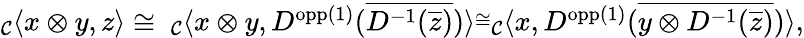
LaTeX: \begin{array}{r}{_{\mathcal{C}}\langle x\otimes y,z\rangle\cong\ _{\mathcal{C}}\langle x\otimes y,D^{\textnormal{opp}(1)}(\overline{{D^{-1}(\overline{{z}})}})\rangle\overset{\cong}\ _{\mathcal{C}}\langle x,D^{\textnormal{opp}(1)}(\overline{{y\otimes D^{-1}(\overline{{z}})}})\rangle,}\end{array}